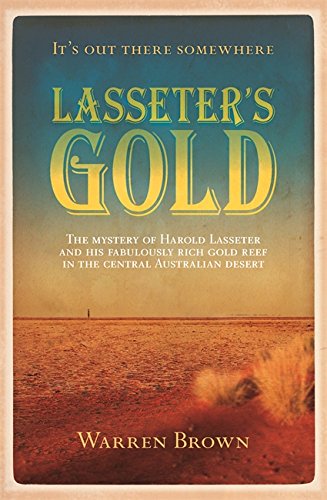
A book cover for Lasseter's Gold; Warren Brown; Biographies & Memoirs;